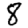
Digit: 8